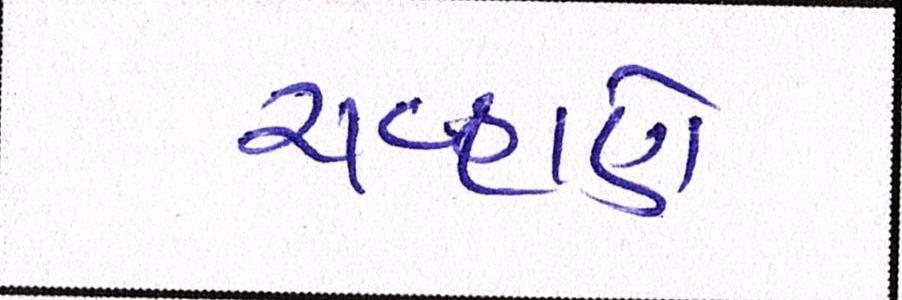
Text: ચવ્હાણે